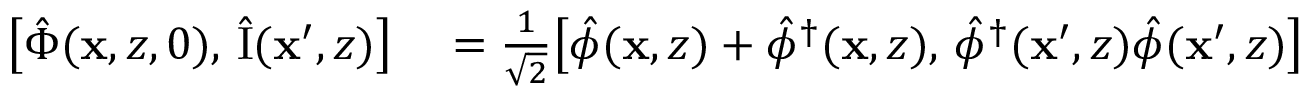
\begin{array} { r l } { \bigl [ \hat { \Phi } ( \mathbf { x } , z , 0 ) , \, \hat { \mathrm { I } } ( \mathbf { x } ^ { \prime } , z ) \bigr ] } & { { } = \frac { 1 } { \sqrt { 2 } } \bigl [ \hat { \phi } ( \mathbf { x } , z ) + \hat { \phi } ^ { \dagger } ( \mathbf { x } , z ) , \, \hat { \phi } ^ { \dagger } ( \mathbf { x } ^ { \prime } , z ) \hat { \phi } ( \mathbf { x } ^ { \prime } , z ) \bigr ] } \end{array}